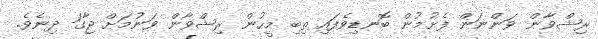
ރިޝްވާން ވަންނަން ފެށުމުން ބޮނޑިވެފައި ތިބި މީހުން ރިޝްވާން ވަނުމަށް ޖާގަ ދިނެވެ.